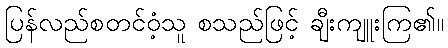
ပြန်လည်စတင်ဝံ့သူ စသည်ဖြင့် ချီးကျူးကြ၏။